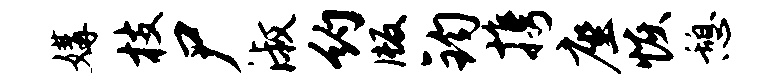
媾枝尸淑约版钧携座恢憩